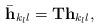
LaTeX: \begin{align*}\bar{\mathbf{h}}_{k_ll} = \mathbf{T} \mathbf{h}_{k_ll},\end{align*}